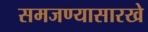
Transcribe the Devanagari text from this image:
समजण्यासारखे